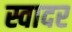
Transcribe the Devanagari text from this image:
स्वादर